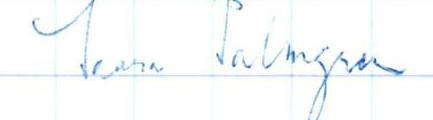
Saara Palmgren